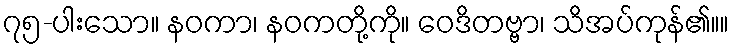
၇၅-ပါးသော။ နဝကာ၊ နဝကတို့ကို။ ဝေဒိတဗ္ဗာ၊ သိအပ်ကုန်၏။။